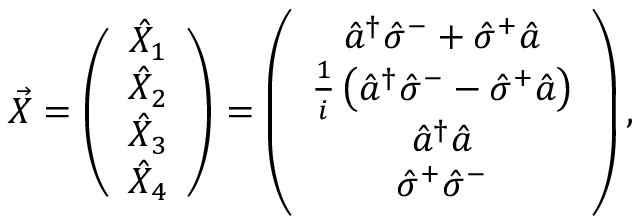
\vec { X } = \left( \begin{array} { c } { \hat { X } _ { 1 } } \\ { \hat { X } _ { 2 } } \\ { \hat { X } _ { 3 } } \\ { \hat { X } _ { 4 } } \end{array} \right) = \left( \begin{array} { c } { \hat { a } ^ { \dagger } \hat { \sigma } ^ { - } + \hat { \sigma } ^ { + } \hat { a } } \\ { \frac { 1 } { i } \left( \hat { a } ^ { \dagger } \hat { \sigma } ^ { - } - \hat { \sigma } ^ { + } \hat { a } \right) } \\ { \hat { a } ^ { \dagger } \hat { a } } \\ { \hat { \sigma } ^ { + } \hat { \sigma } ^ { - } } \end{array} \right) ,